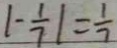
\vert - \frac { 1 } { 7 } \vert = \frac { 1 } { 7 }